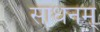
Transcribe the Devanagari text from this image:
साधनम्